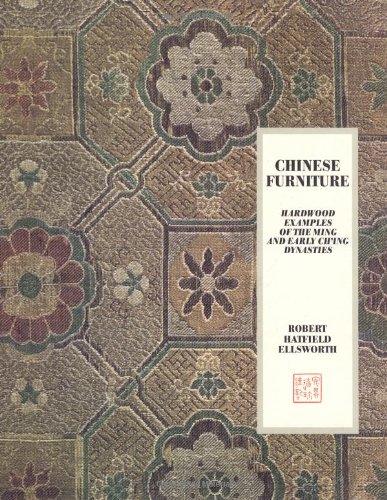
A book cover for Chinese Furniture (Hardwood Examples of the Ming and Early Ch'ing Dynasty); Robert Hatfield Ellsworth; Crafts, Hobbies & Home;